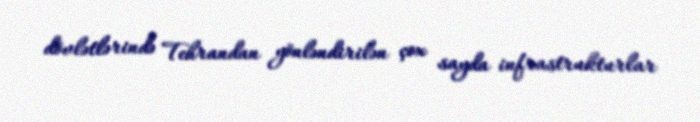
dövlətlərində Tehrandan yönləndirilən çox sayda infrastrukturlar